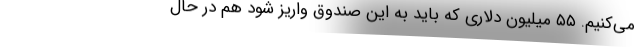
می‌کنیم. ۵۵ میلیون دلاری که باید به این صندوق واریز شود هم در حال